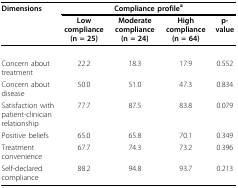
| Dimensions | <COLSPAN=4> Compliance profilea |
 |  | Low compliance (n = 25) | Moderate compliance (n = 24) | High compliance (n = 64) | p-value |
 | --- | --- | --- | --- | --- |
 | Concern about treatment | 22.2 | 18.3 | 17.9 | 0.552 |
 | Concern about disease | 50.0 | 51.0 | 47.3 | 0.834 |
 | Satisfaction with patient-clinician relationship | 77.7 | 87.5 | 83.8 | 0.079 |
 | Positive beliefs | 65.0 | 65.8 | 70.1 | 0.349 |
 | Treatment convenience | 67.7 | 74.3 | 73.2 | 0.396 |
 | Self-declared compliance | 88.2 | 94.8 | 93.7 | 0.213 |